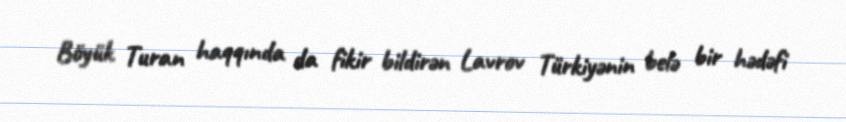
Böyük Turan haqqında da fikir bildirən Lavrov Türkiyənin belə bir hədəfi